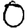
Digit: 0